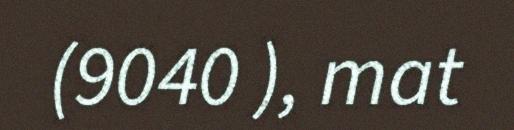
(9040 ), mat